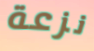
نزعة